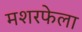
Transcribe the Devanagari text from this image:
मशरफेला